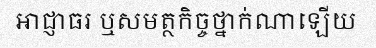
អាជ្ញាធរ ឬសមត្ថកិច្ចថ្នាក់ណាឡើយ